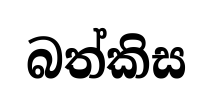
බත්කිස